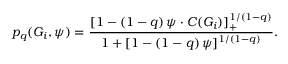
p _ { q } ( G _ { i } , \psi ) = \frac { [ 1 - ( 1 - q ) \, \psi \cdot C ( G _ { i } ) ] _ { + } ^ { 1 / ( 1 - q ) } } { 1 + [ 1 - ( 1 - q ) \, \psi ] ^ { 1 / ( 1 - q ) } } .